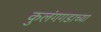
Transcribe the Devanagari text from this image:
कुलंगगडाच्या